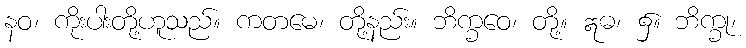
နဝ၊ ကိုးပါးတို့ဟူသည်။ ကတမေ၊ တို့နည်း။ ဘိက္ခဝေ၊ တို့။ ဣဓ၊ ၌။ ဘိက္ခု၊